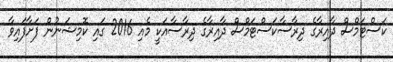
ކަސްޓަމްސް ދާއިރާގެ ދިރާސާކަސްޓަމްސް ދާއިރާގެ ދިރާސާއަކީ މެއި 2016 ގައި ކޮމިޝަނުން ފަށާފައިވާ